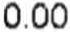
0.00